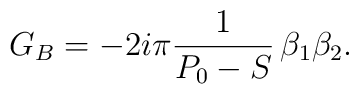
G_B=-2i\pi {1\over P_0-S}\,\beta_1\beta_2.\,